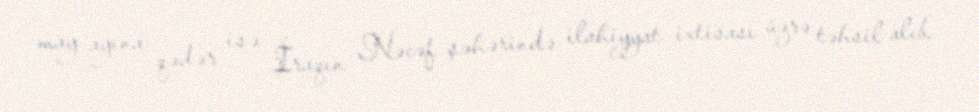
may ayına qədər isə İraqın Nəcəf şəhərində ilahiyyat ixtisası üzrə təhsil alıb.